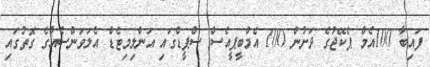
ފައިބާ 100އެމް ޕެކޭޖުގެ ދަށުން 100 އެމްބީޕީއެސް ސްޕީޑްގައި އަންލިމިޓެޑް އެލަވަންސެއްގެ ގޮތުގައި